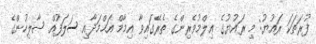
ފުރަތަކަ ރައުޔު: މި ރައުޔުގެ ޢިލްމުވެރިންގެ ތެރޭގައިވާ އިމާމް އަޙްމަދާއި ސަލަފުއް ޞާލިހުންގެ